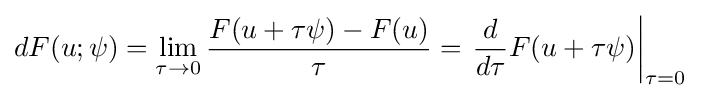
dF(u;\psi )=\lim _{\tau \to 0}{\frac {F(u+\tau \psi )-F(u)}{\tau }}=\left.{\frac {d}{d\tau }}F(u+\tau \psi )\right|_{\tau =0}